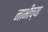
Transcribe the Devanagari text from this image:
नाभींच्या